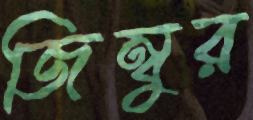
জিম্বুর